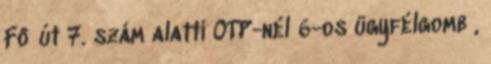
Fő út 7. szám alatti OTP-nél 6-os ügyfélgomb ,